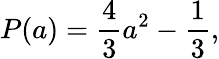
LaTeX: P(a)=\frac{4}{3}a^{2}-\frac{1}{3},